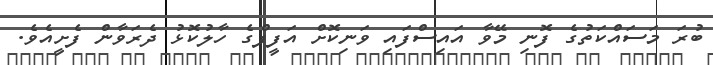
ބުރަ މަސައްކަތުގެ ފޮނި މޭވާ އައިސްފައި ވަނިކޮށް އަފީފްގެ ހާލުކޮޅު ދެރަވާން ފެށީއެވެ.